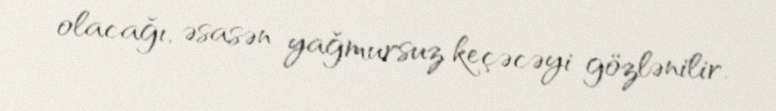
olacağı, əsasən yağmursuz keçəcəyi gözlənilir.